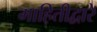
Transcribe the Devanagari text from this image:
माहितीद्वारे